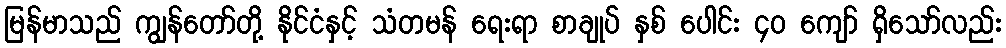
မြန်မာသည် ကျွန်တော်တို့ နိုင်ငံနှင့် သံတမန် ရေးရာ စာချုပ် နှစ် ပေါင်း ၄၀ ကျော် ရှိသော်လည်း